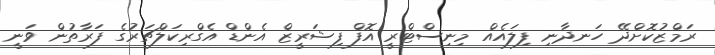
ރަމްޒުކޮށްދޭ ހަނދާނި ފިލައެއް މިނިސްޓްރީ އޮފް ފިޝަރީޒް އެންޑް އެގްރިކަލްޗަރުގެ ފަރާތުން ވަނީ